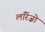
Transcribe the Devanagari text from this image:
लॉरेंज़ो